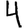
Digit: 4